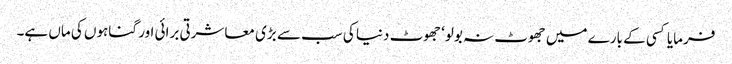
فرمایا کسی کے بارے میں جھوٹ نہ بولو‘ جھوٹ دنیا کی سب سے بڑی معاشرتی برائی اور گناہوں کی ماں ہے۔